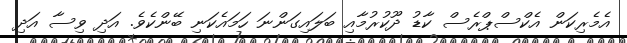
އެމެރިކަން އެކްސްޕްރެސް ކާޑު ދޫކުރުމާއި ބަލައިގަންނަ ހަމައެކަނި ބޭންކެވެ. އަދި ވިސާ އަދި